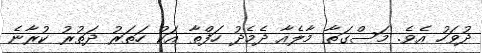
ދުވަހު އެވެ. މަސްގަތާ މާލެއާ ދެމެދު ހަފްތާ އަކު ހަތަރު ދަތުރު ކުރާނެ